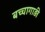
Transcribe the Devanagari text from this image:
बच्चागाड़ी